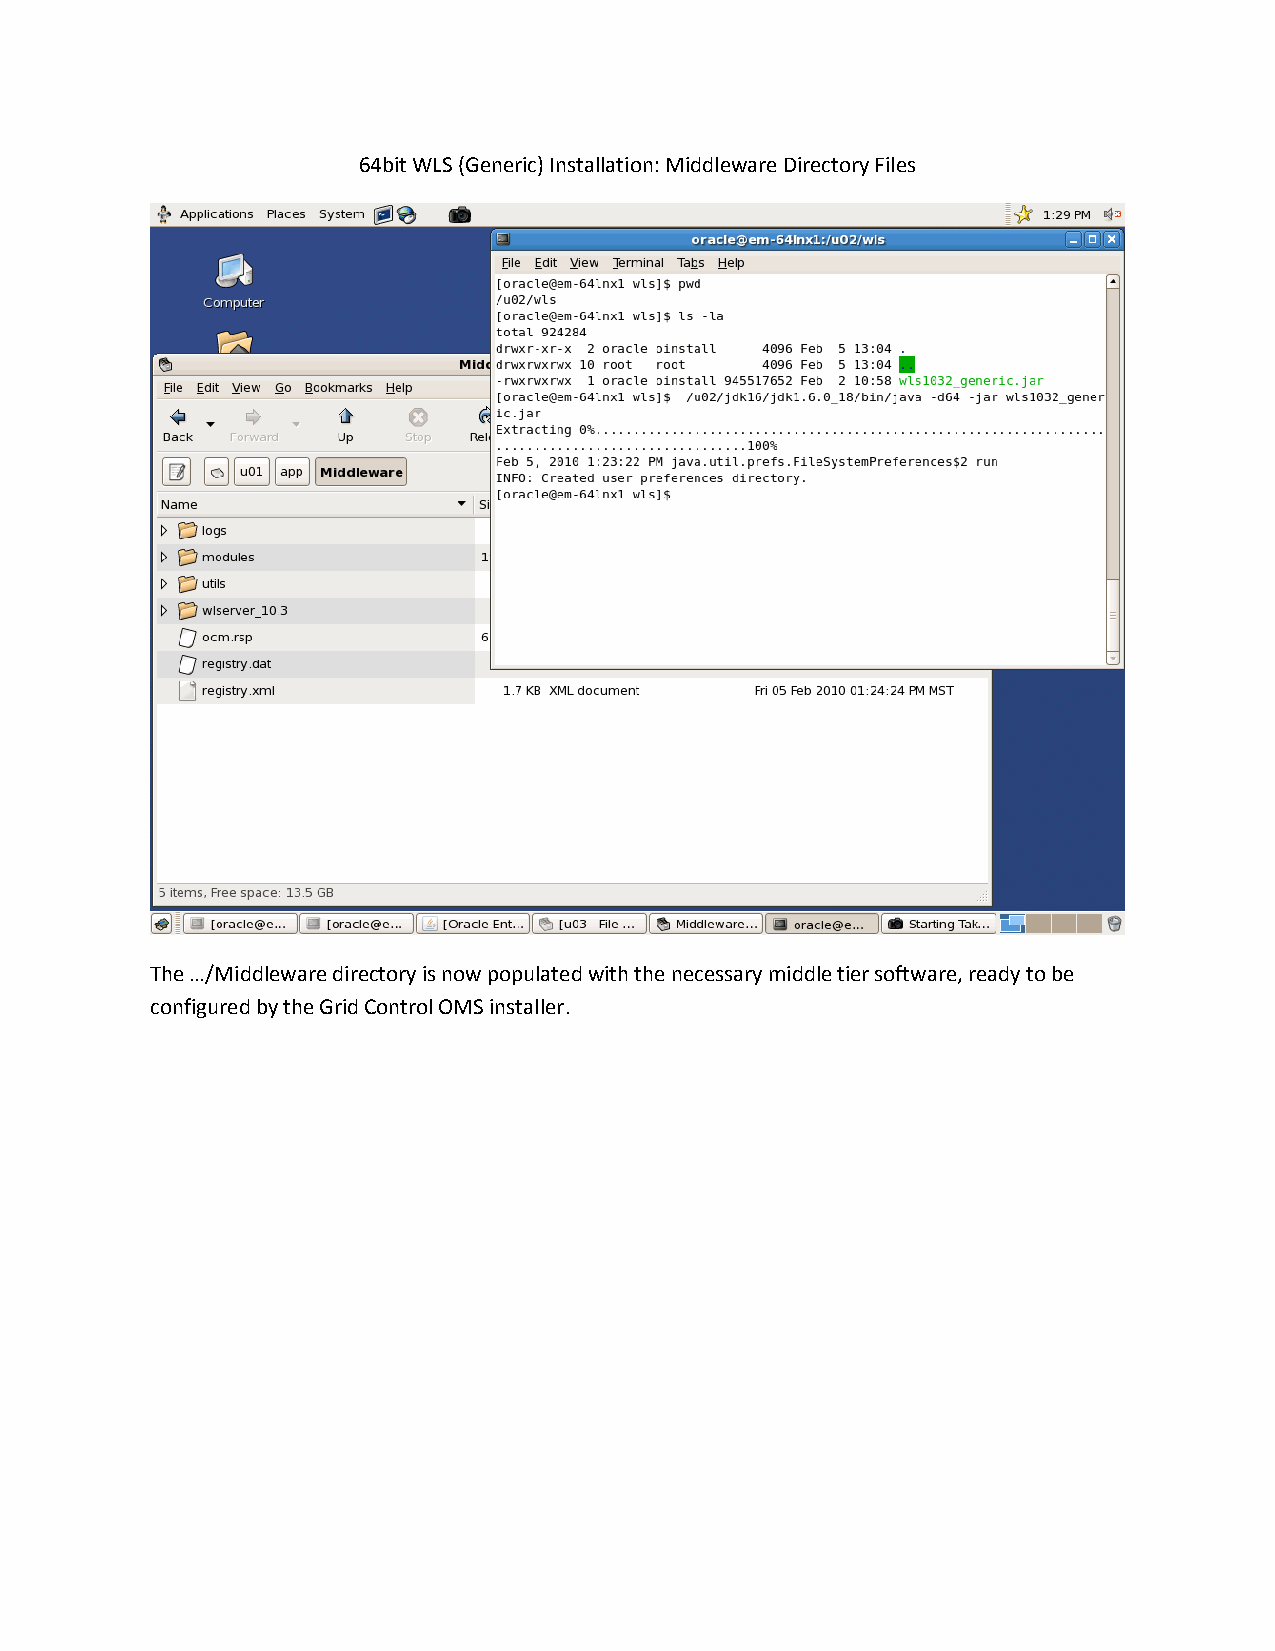
64bit WLS (Generic) Installation: Middleware Directory Files
 The …/Middleware directory is now populated with the necessary middle tier software, ready to be
 configured by the Grid Control OMS installer.